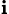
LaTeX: _\mathbf{i}